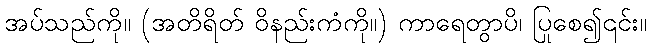
အပ်သည်ကို။ (အတိရိတ် ဝိနည်းကံကို။) ကာရေတွာပိ၊ ပြုစေ၍၎င်း။